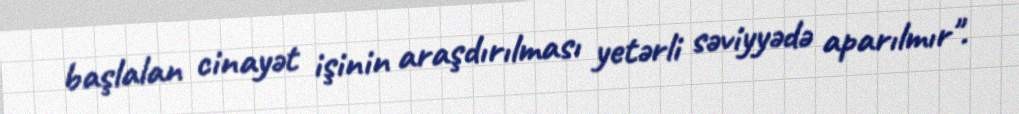
başlalan cinayət işinin araşdırılması yetərli səviyyədə aparılmır".